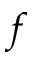
f